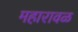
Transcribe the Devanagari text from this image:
महारावळ